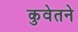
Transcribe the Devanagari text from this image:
कुवेतने